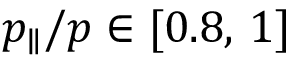
p _ { \parallel } / p \in [ 0 . 8 , \, 1 ]